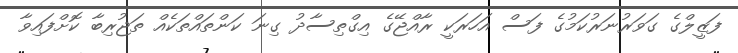
ފަޒީލްގެ ގަވަރުނަރުކަމުގެ ފަސް އަހަރަކީ ރާއްޖޭގެ އިގްތިސާދު ގިނަ ކަންތައްތަކެއް ތަޖުރިބާ ކޮށްފައިވާ